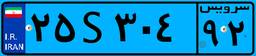
۶۹S۹۹۰۴۳